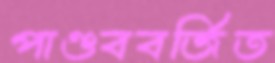
পাণ্ডববর্জিত